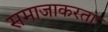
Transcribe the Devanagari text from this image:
समाजाकरता